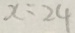
x = 2 4